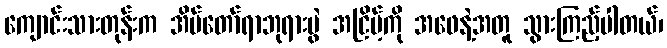
ကျောင်းသားတုန်းက အိမ်တော်ရာဘုရားပွဲ အငြိမ့်ကို အဖေနဲ့အတူ သွားကြည့်ပါတယ်၊